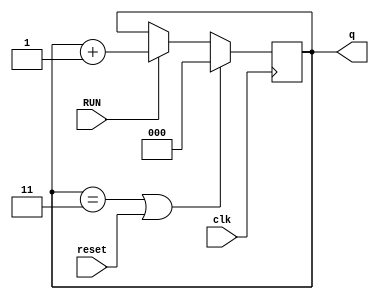
module Count(clk,RUN,reset,q);
	input clk,RUN,reset;
	output reg [2:0]q;
	initial
		q = 0;
	always@(posedge clk) begin
		if(q == 3 || reset)
			q = 0;
		else if(RUN)	
			q = q + 1;
	end
endmodule

module FU_add_sub(clk,RUN,RegX,RegY,OpCode,Result,Done,InputX_AddSub,InputLabel_AddSub,AddressX,Label);
	input [8:0]RegX,RegY;
	input [2:0]OpCode,InputX_AddSub,InputLabel_AddSub;
	input clk,RUN;
	output reg Done;
	output [2:0]AddressX,Label;
	output reg [8:0]Result;
	wire [2:0]count;
	
	assign AddressX = InputX_AddSub;
	assign Label = InputLabel_AddSub;
	
	always@(clk,RegX,RegY,OpCode,RUN) begin
		Done = 0;
		if(count == 2 && OpCode == 3'b000) begin
			Result = RegX + RegY; //ADD
			Done = 1;
		end
		else if(count == 2 && OpCode == 3'b001) begin
			Result = RegX - RegY; //SUB 
			Done = 1;
		end
	end
	Count c(clk,RUN,Done,count);
endmodule